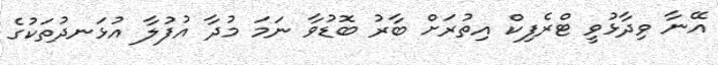
އޭނާ ވިދާޅުވީ ޓްރެފިކް އިތުރަށް ބާރު ބޮޑުވާ ނަމަ މުދާ އުފުލާ އުޅަނދުތަކުގެ